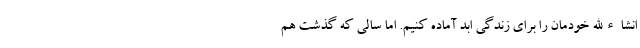
انشاءالله خودمان را برای زندگی ابد آماده کنیم. اما سالی که گذشت هم